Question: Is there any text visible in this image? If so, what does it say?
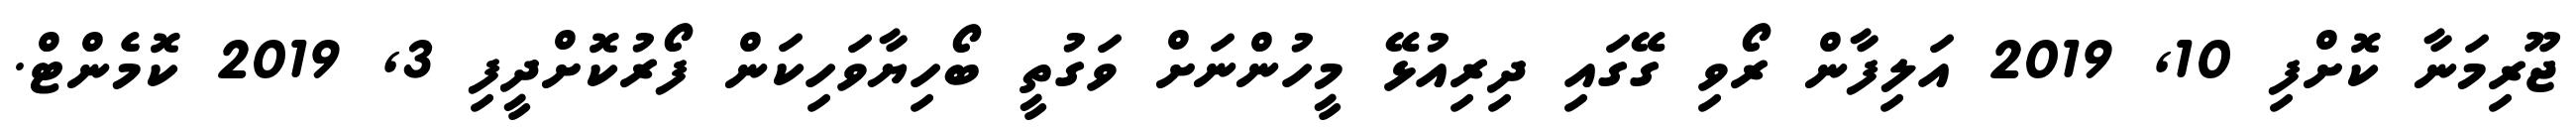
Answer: ޖޫރިމަނާ ކޮށްފި 10, 2019 އަލިފާން ރޯވި ގޭގައި ދިރިއުޅޭ މީހުންނަށް ވަގުތީ ބޯހިޔާވަހިކަން ފޯރުކޮށްދީފި 3, 2019 ކޮމެންޓް.